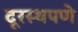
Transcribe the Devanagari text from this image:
दूरस्थपणे